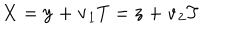
{ \bf X } = { \bf y } + { \bf v } _ { 1 } T = { \bf z } + { \bf v } _ { 2 } T